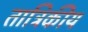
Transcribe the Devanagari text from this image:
तात्रिकीय